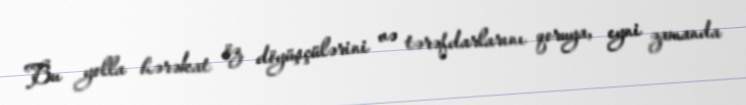
Bu yolla hərəkat öz döyüşçülərini və tərəfdarlarını qoruya, eyni zamanda